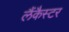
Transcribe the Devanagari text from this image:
लैंकैस्टर